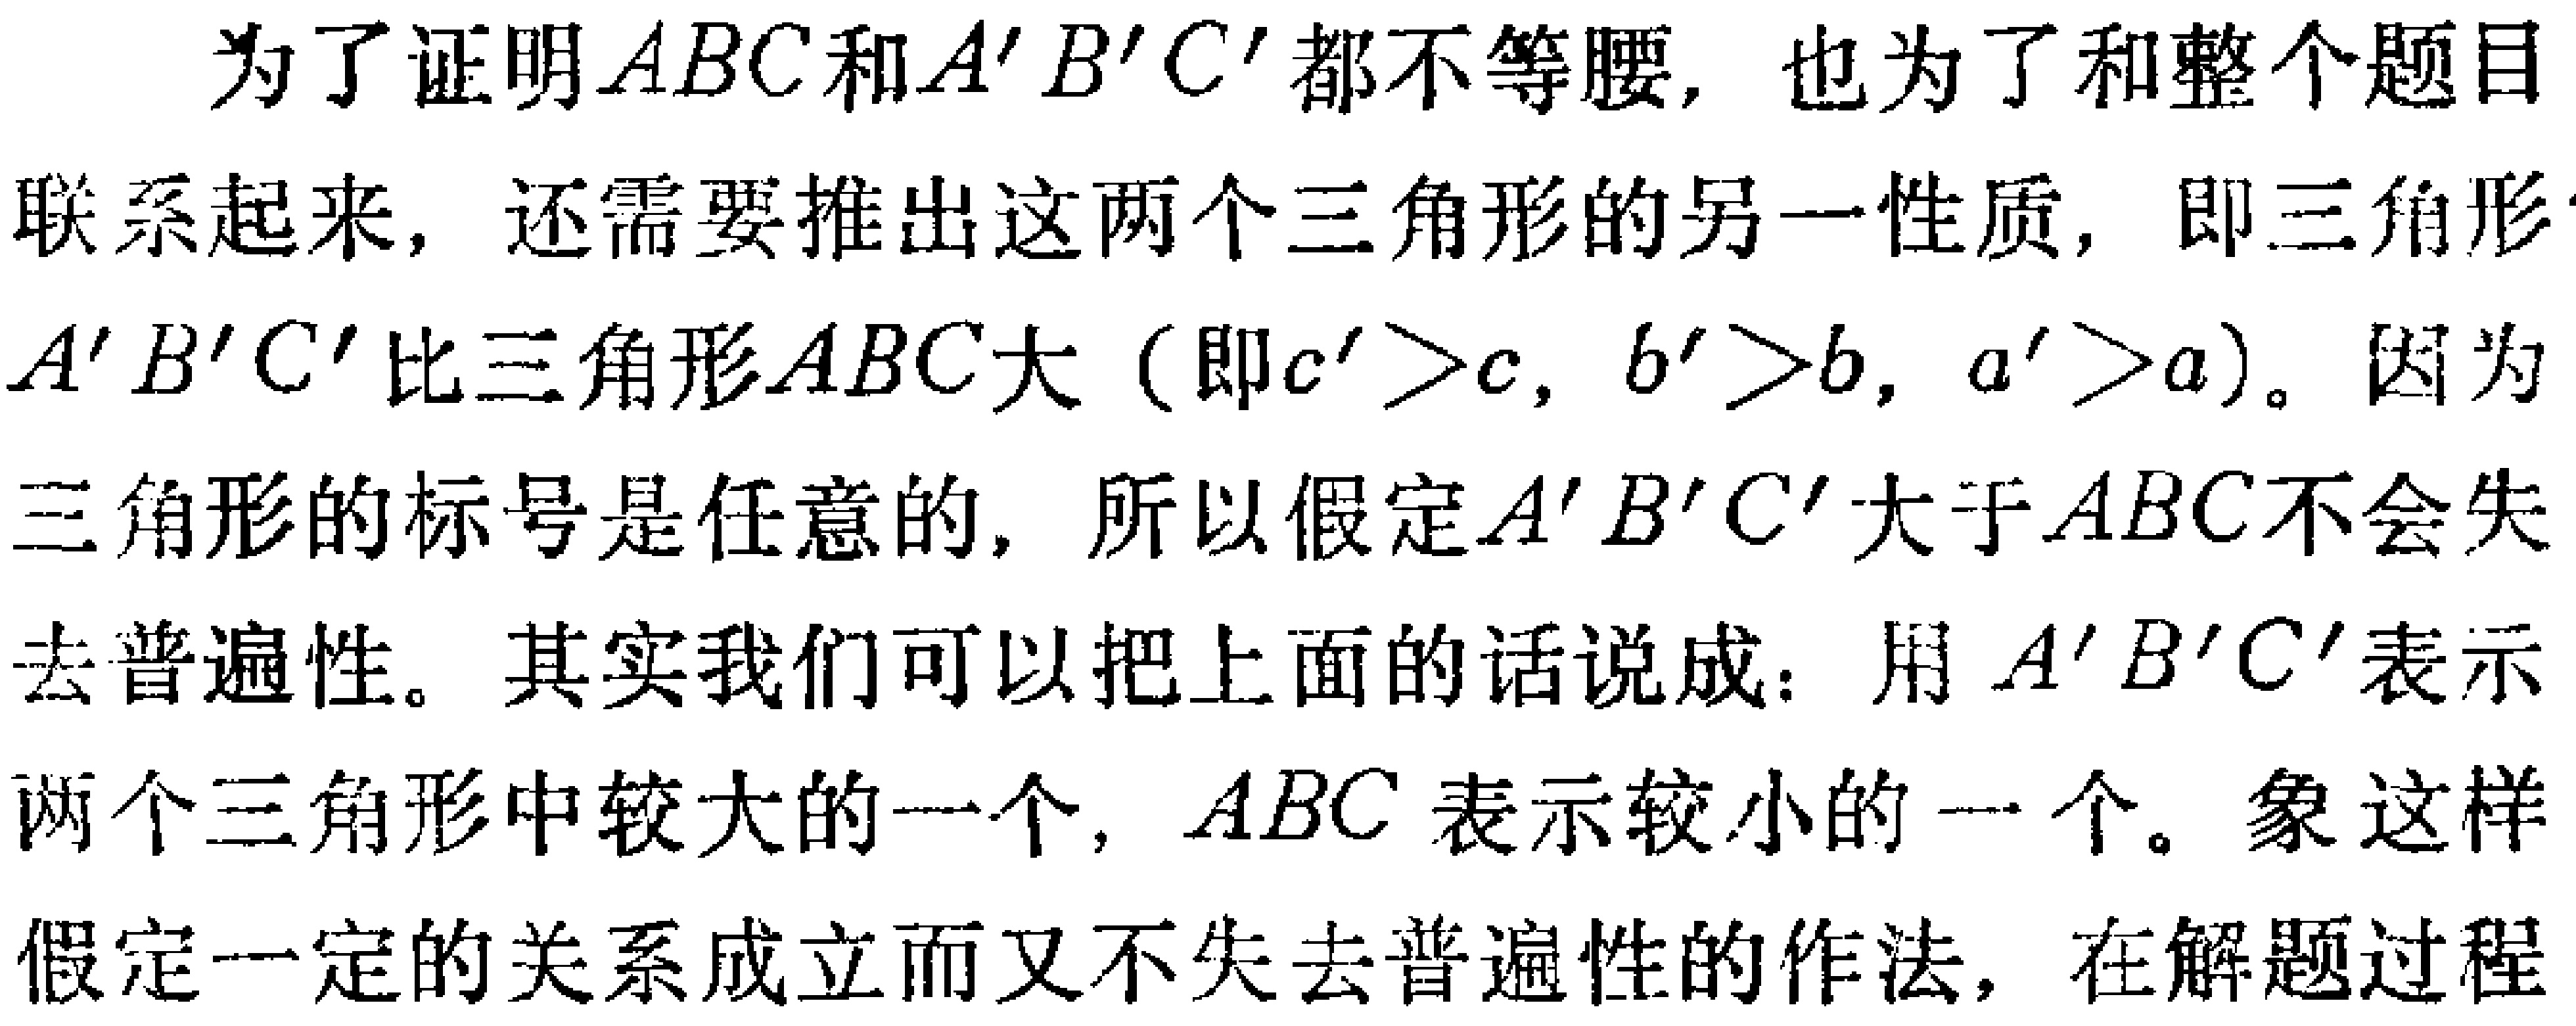
为了证明\(ABC\)和\(A'B'C'\)都不等腰, 也为了和整个题目联系起来, 还需要推出这两个三角形的另一性质, 即三角形\(A'B'C'\)比三角形\(ABC\)大（即\(c'>c,\ b'>b,\ a'>a\)）。因为三角形的标号是任意的, 所以假定\(A'B'C'\)大于\(ABC\)不会失去普遍性。其实我们可以把上面的话说成：用\(A'B'C'\)表示两个三角形中较大的一个, \(ABC\)表示较小的一个。象这样假定一定的关系成立而又不失去普遍性的作法, 在解题过程